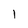
Character: 1